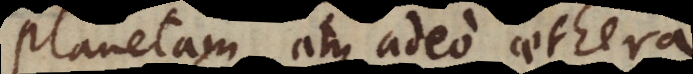
planetam atque adeo aethera